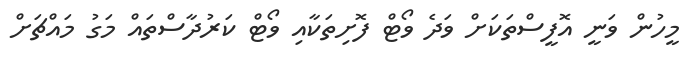
މީހުން ވަނީ އޮފީސްތަކަށް ވަދެ ވޯޓް ފޮށިތަކާއި ވޯޓް ކަރުދާސްތައް މަގު މައްޗަށް